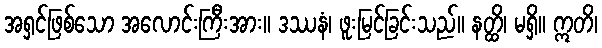
အရှင်ဖြစ်သော အလောင်းကြီးအား။ ဒဿနံ၊ ဖူးမြင်ခြင်းသည်။ နတ္ထိ၊ မရှိ။ ဣတိ၊